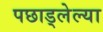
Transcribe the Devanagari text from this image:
पछाड्लेल्या